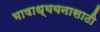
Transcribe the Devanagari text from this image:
भाषाध्ययनासाठी